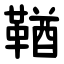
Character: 鞧